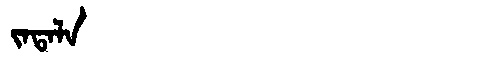
Manchu: ᠵᠠᡨᠠᠯᠠ
Romanization: JATALA